Scottish Leaving Certificate Examination, 1955
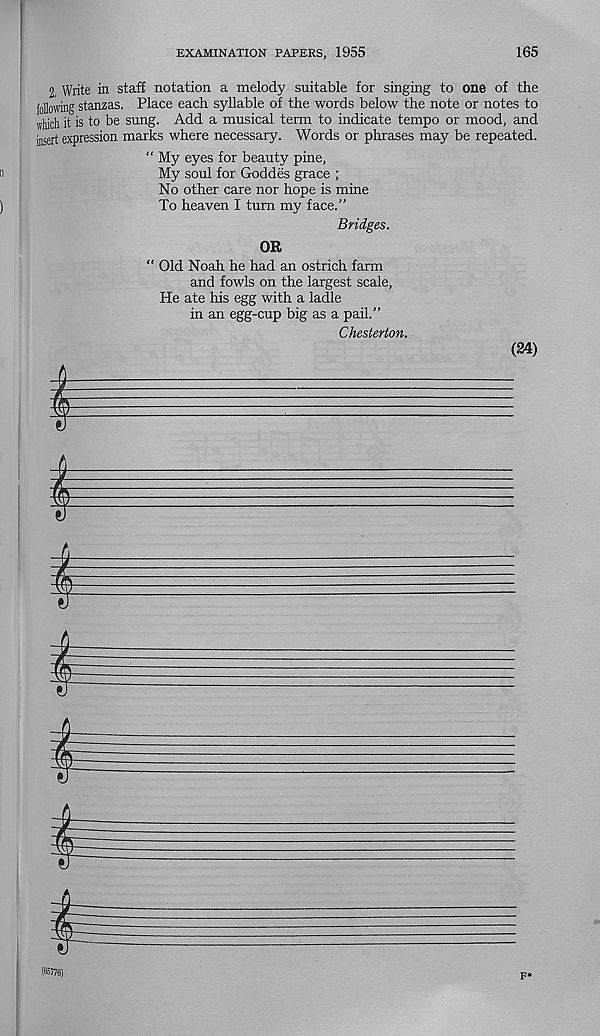
EXAMINATION PAPERS, 1955
165
2. Write in staff notation a melody suitable for singing to one of the
following stanzas. Place each syllable of the words below the note or notes to
which it is to be sung. Add a musical term to indicate tempo or mood, and
insert expression marks where necessary. Words or phrases may be repeated.
“ My eyes for beauty pine,
My soul for Goddes grace ;
No other care nor hope is mine
To heaven I turn my face.”
Bridges.
OR
“ Old Noah he had an ostrich farm
and fowls on the largest scale,
He ate his egg with a ladle
in an egg-cup big as a pail.”
Chesterton.
(24)
I
'
'
I